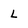
Character: l